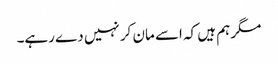
مگر ہم ہیں کہ اسے مان کر نہیں دے رہے۔